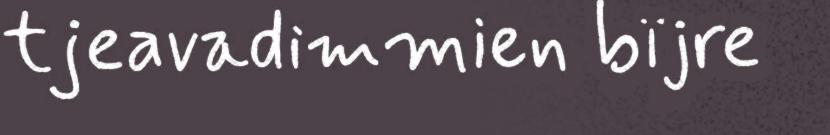
tjeavadimmien bïjre